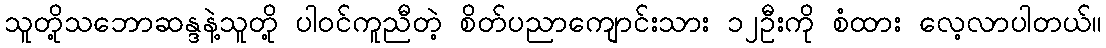
သူတို့သဘောဆန္ဒနဲ့သူတို့ ပါဝင်ကူညီတဲ့ စိတ်ပညာကျောင်းသား ၁၂ဦးကို စံထား လေ့လာပါတယ်။